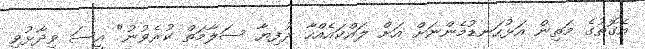
އެގޮތުގެ މަތިން އަޅުހަނޑުމެންނަށް އަށް ލައްކައެއްހާ ރުފިޔާ ސަލާމަތް ކުރެވުނު" އީސަ ވިދާޅުވި